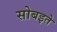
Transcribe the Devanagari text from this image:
सोबइते